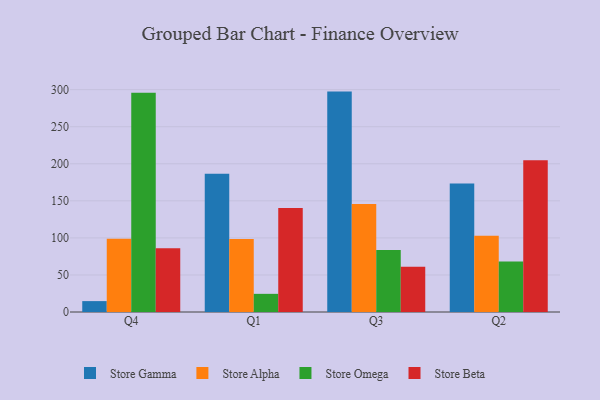
{"axis": {"x": "Quarter", "y": "Conversion Rate (%)"}, "legend": ["Store Alpha", "Store Beta", "Store Gamma", "Store Omega"], "data": [{"x": "Q4", "y": 14.7, "type": "Store Gamma"}, {"x": "Q4", "y": 98.8, "type": "Store Alpha"}, {"x": "Q4", "y": 295.8, "type": "Store Omega"}, {"x": "Q4", "y": 86.0, "type": "Store Beta"}, {"x": "Q1", "y": 186.6, "type": "Store Gamma"}, {"x": "Q1", "y": 98.4, "type": "Store Alpha"}, {"x": "Q1", "y": 24.5, "type": "Store Omega"}, {"x": "Q1", "y": 140.3, "type": "Store Beta"}, {"x": "Q3", "y": 297.4, "type": "Store Gamma"}, {"x": "Q3", "y": 145.9, "type": "Store Alpha"}, {"x": "Q3", "y": 83.6, "type": "Store Omega"}, {"x": "Q3", "y": 61.2, "type": "Store Beta"}, {"x": "Q2", "y": 173.4, "type": "Store Gamma"}, {"x": "Q2", "y": 102.8, "type": "Store Alpha"}, {"x": "Q2", "y": 68.3, "type": "Store Omega"}, {"x": "Q2", "y": 204.8, "type": "Store Beta"}]}